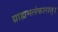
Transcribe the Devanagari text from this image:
ग्राह्ममलंकारात्।